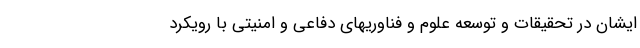
ایشان در تحقیقات و توسعه علوم و فناوریهای دفاعی و امنیتی با رویکرد